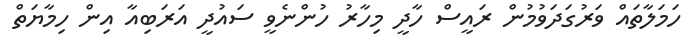
ހަަމަލާތައް ވަރުގަދަވުމުން ރައީސް ހާދީ މިހާރު ހުންނެވީ ސައުދީ އަރަބިއާ އިން ހިމާޔަތް